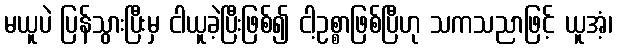
မယူပဲ ပြန်သွားပြီးမှ ငါယူခဲ့ပြီးဖြစ်၍ ငါ့ဥစ္စာဖြစ်ပြီဟု သကသညာဖြင့် ယူအံ့၊